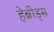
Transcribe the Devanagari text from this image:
हेब्रीड्स